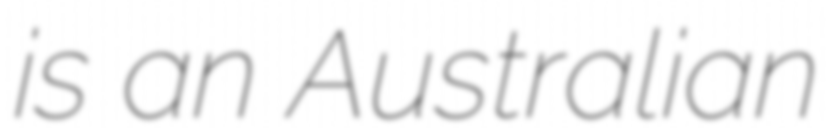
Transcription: is an Australian